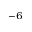
^ { - 6 }